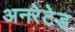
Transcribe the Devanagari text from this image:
अनरेटेड